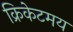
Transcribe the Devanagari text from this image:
क्रिकेटमय